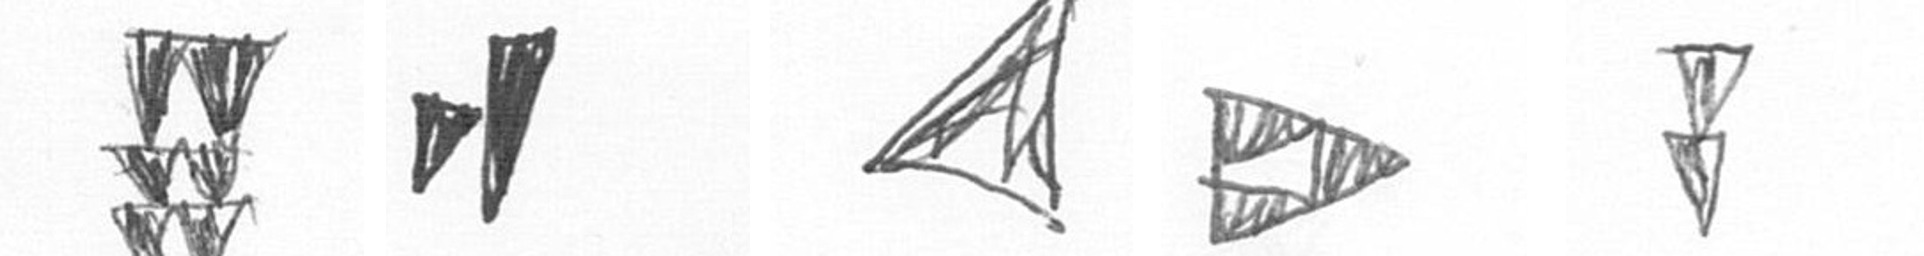
Y M O K Z